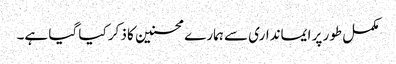
مکمل طور پر ایمانداری سے ہمارے محسنین کا ذکر کیا گیا ہے۔